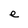
Character: e